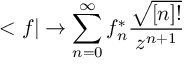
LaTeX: < f | \rightarrow \sum _ { n = 0 } ^ { \infty } f _ { n } ^ { * } \frac { \sqrt { [ n ] ! } } { z ^ { n + 1 } }